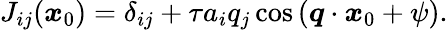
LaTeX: J_{ij}(\boldsymbol{x}_{0})=\delta_{ij}+\tau a_{i}q_{j}\cos{(\boldsymbol{q}\cdot\boldsymbol{x}_{0}+\psi)}.